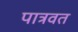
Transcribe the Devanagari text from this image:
पात्रवत